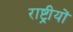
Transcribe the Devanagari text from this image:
राष्ट्रीयों